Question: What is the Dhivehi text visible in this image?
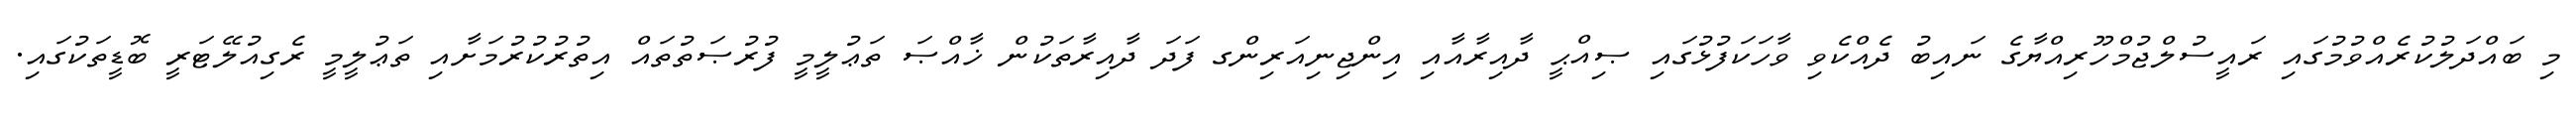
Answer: މި ބައްދަލުކުރެއްވުމުގައި ރައީސުލްޖުމްހޫރިއްޔާގެ ނައިބު ދެއްކެވި ވާހަކަފުޅުގައި ޞިއްޙީ ދާއިރާއާއި އިންޖިނިއަރިންގ ފަދަ ދާއިރާތަކުން ޚާއްޞަ ތަޢުލީމީ ފުރުޞަތުތައް އިތުރުކުރުމަށާއި ތަޢުލީމީ ރެގިއުލޭޓަރީ ބޮޑީތަކުގައި.